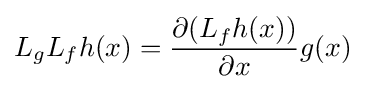
L_{g}L_{f}h(x)={\frac {\partial (L_{f}h(x))}{\partial x}}g(x)